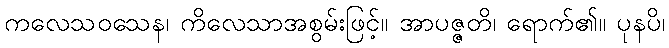
ကလေသဝသေန၊ ကိလေသာအစွမ်းဖြင့်။ အာပဇ္ဇတိ၊ ရောက်၏။ ပုနပိ၊